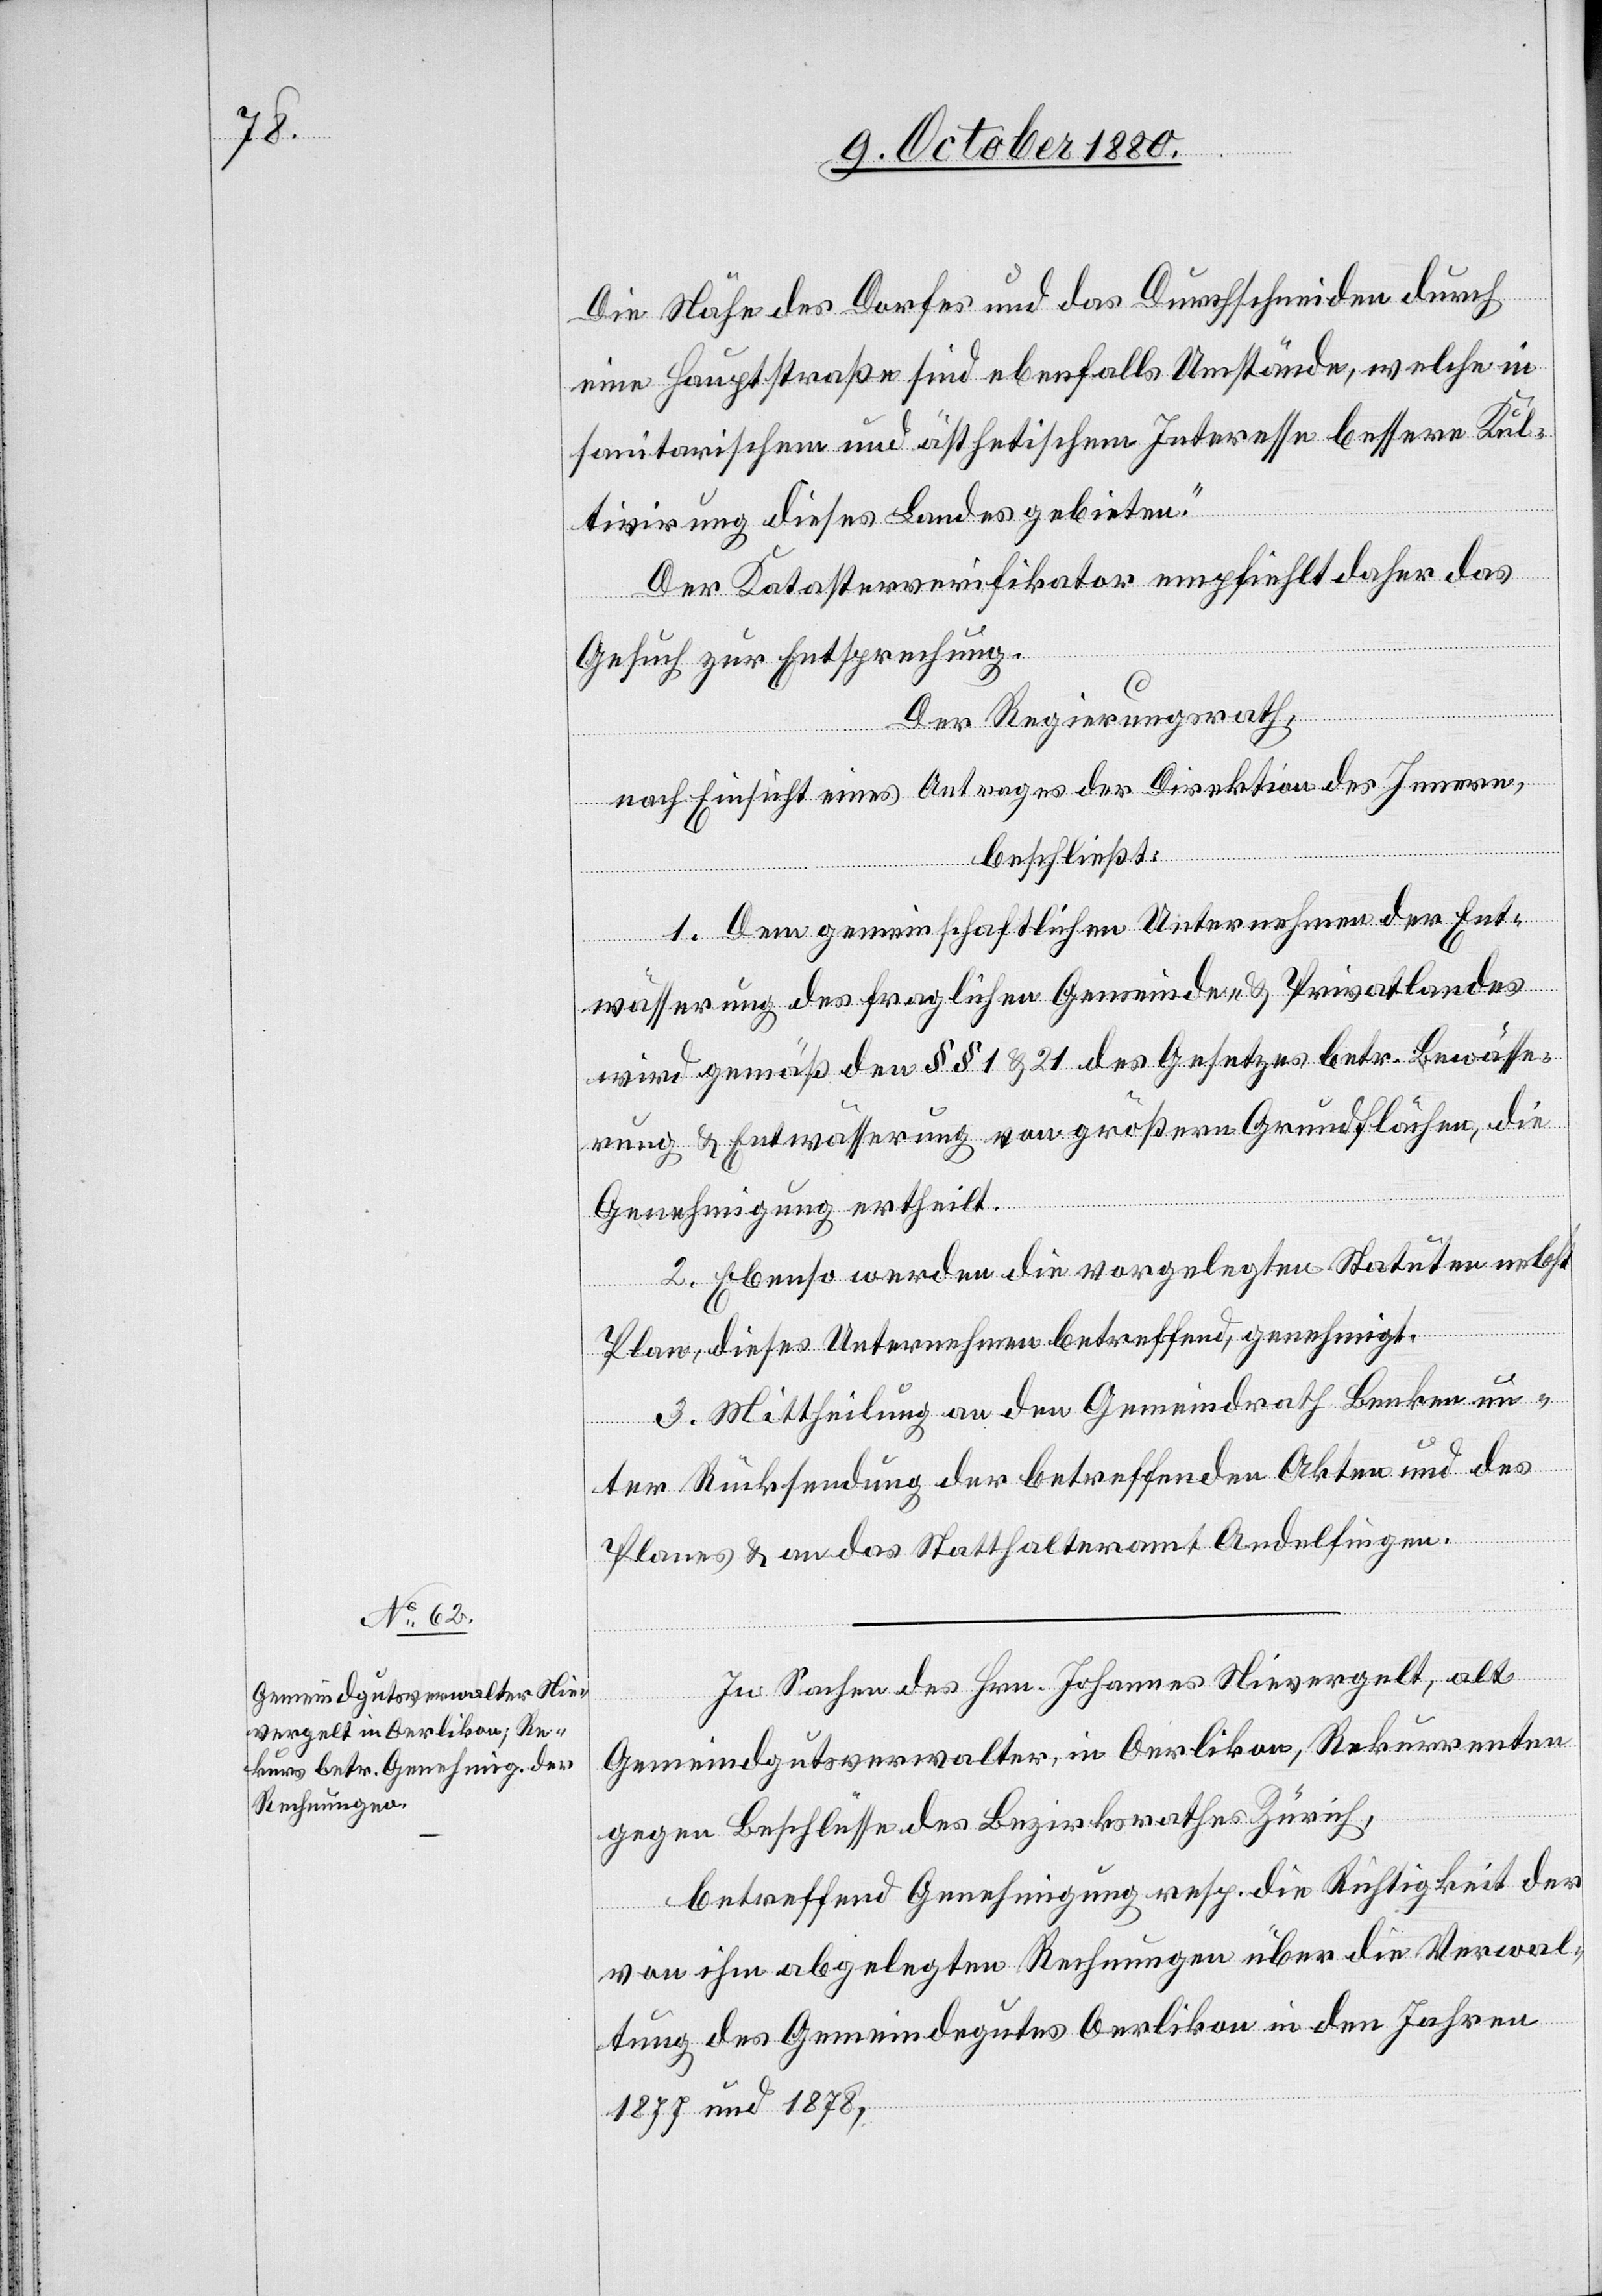
Die Nähe des Dorfes und das Durchschneiden durch
eine Hauptstraße sind ebenfalls Umstände, welche in
sanitarischen und ästhetischem Interesse bessern Kul¬
tivirung dieses Landes gebieten.“
Der Katasterverifikator empfiehlt daher das
Gesuch zur Entsprechung.
Der Regierungsrath,
nach Einsicht eines Antrages der Direktion des Innern,
beschließt:
1. Dem gemeinschaftlichen Unternehmen der Ent¬
wässerung des fraglichen Gemeinde- & Privatlandes
wird gemäß den §§ 1 & 21 des Gesetzes betr. Bewässe¬
rung & Entwässerung von größern Grundflächen, die
Genehmigung ertheilt.
2. Ebenso werden die vorgelegten Statuten nebst
Plan, dieses Unternehmen betreffend, genehmigt.
3. Mittheilung an den Gemeindrath Benken un¬
ter Rücksendung der betreffenden Akten und des
Planes & an das Statthalteramt Andelfingen.
In Sachen des Hrn. Johannes Nievergelt, alt
Gemeindgutsverwalter, in Oerlikon, Rekurrenten
gegen Beschlüsse des Bezirksrathes Zürich,
betreffend Genehmigung resp. die Richtigkeit der
von ihm abgelegten Rechnungen über die Verwal¬
tung des Gemeindegutes Oerlikon in den Jahren
1877 und 1878,